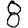
Digit: 8